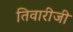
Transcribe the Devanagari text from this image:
तिवारीजी